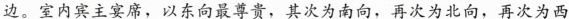
边。室内宾主宴席，以东向最尊贵，其次为南向，再次为北向，再次为西